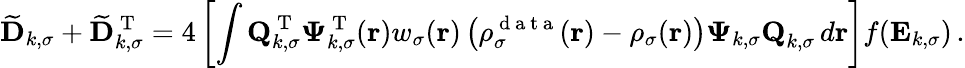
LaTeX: \mathbf{\widetilde{D}}_{k,\sigma}+\mathbf{\widetilde{D}}_{k,\sigma}^{\mathrm{~T~}}=4\left[\int\textbf{Q}_{k,\sigma}^{\mathrm{~T~}}\boldsymbol{\Psi}_{k,\sigma}^{\mathrm{~T~}}(\boldsymbol{\textbf{r}})w_{\sigma}(\boldsymbol{\textbf{r}})\left(\rho_{\sigma}^{\mathrm{~d~a~t~a~}}(\boldsymbol{\textbf{r}})-\rho_{\sigma}(\boldsymbol{\textbf{r}})\right)\boldsymbol{\Psi}_{k,\sigma}\textbf{Q}_{k,\sigma}\, d\boldsymbol{\textbf{r}}\right]f(\mathbf{E}_{k,\sigma})\, .